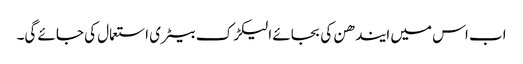
اب اس میں ایندھن کی بجائے الیکڑک بیٹری استعمال کی جائے گی۔